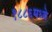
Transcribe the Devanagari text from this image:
१८८६मध्ये